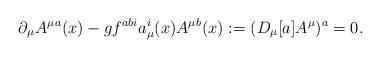
LaTeX: \begin{align*}\partial_\mu A^\mu{}^a(x) - g f^{abi}a_\mu^i(x) A^\mu{}^b(x) := (D_\mu[a] A^\mu)^a = 0 .\end{align*}